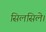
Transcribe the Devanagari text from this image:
सिलसिले।